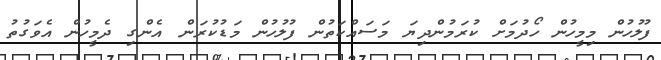
ފުލުހުން މިމީހުން ހޯދުމަށް ކުރަމުންދިޔަ މަސައްކަތުން ފުލުހުން މަޑުކުރަން އެންގި ދެމީހުން އެވަގުތު